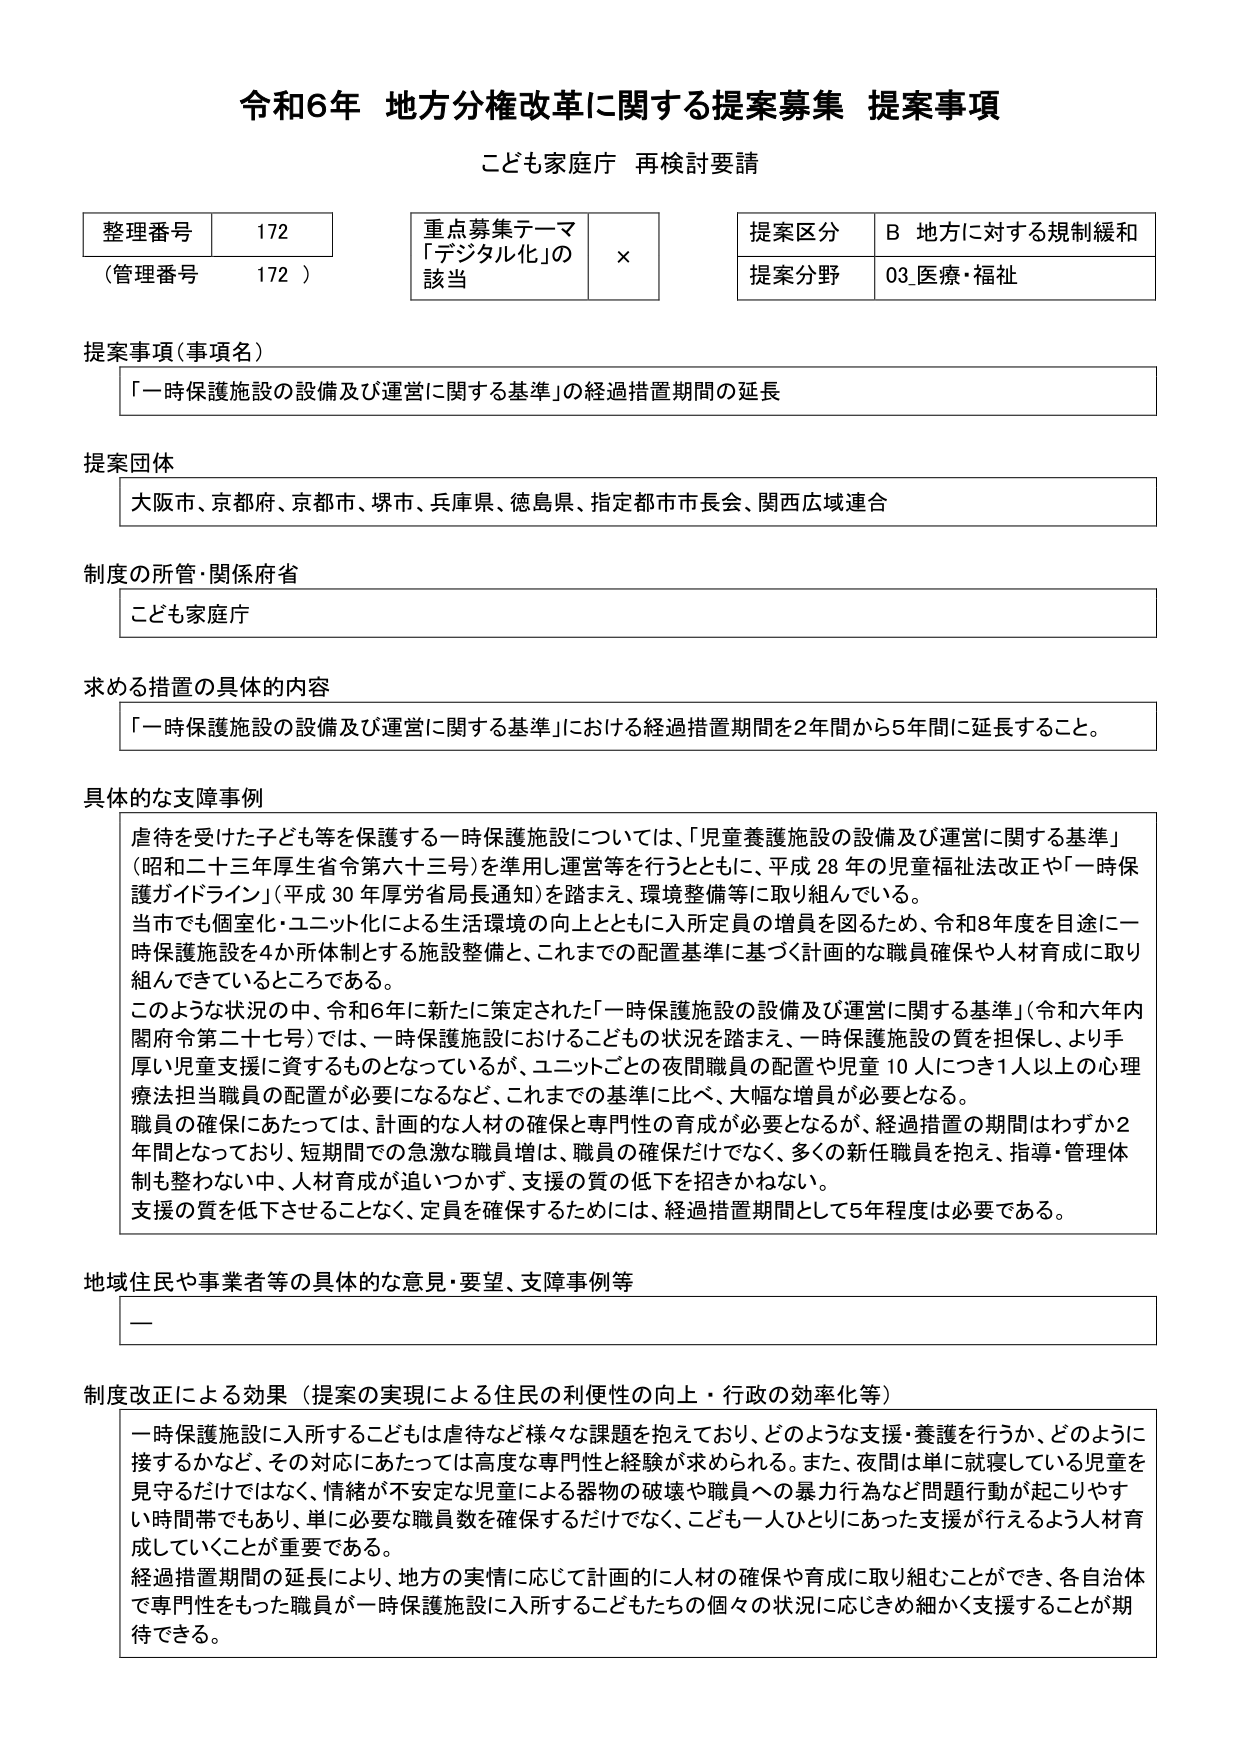
令和6年 地方分権改革に関する提案募集 提案事項
こども家庭庁 再検討要請

整理番号 172
（管理番号 172）

重点募集テーマ
「デジタル化」の
該当 ×

提案区分 B 地方に対する規制緩和
提案分野 03 医療・福祉

提案事項（事項名）
「一時保護施設の設備及び運営に関する基準」の経過措置期間の延長

提案団体
大阪市、京都府、京都市、堺市、兵庫県、徳島県、指定都市市長会、関西広域連合

制度の所管・関係府省
こども家庭庁

求める措置の具体的内容
「一時保護施設の設備及び運営に関する基準」における経過措置期間を2年間から5年間に延長すること。

具体的な支障事例
虐待を受けた子ども等を保護する一時保護施設については、「児童養護施設の設備及び運営に関する基準」（昭和二十三年厚生省令第六十三号）を準用し運営等を行うとともに、平成28年の児童福祉法改正や「一時保護ガイドライン」（平成30年厚労省局長通知）を踏まえ、環境整備等に取り組んでいる。
当下でも個室化・ユニット化による生活環境の向上とともに入所定員の増員を図るため、令和8年度を目途に一時保護施設を4か所体制とする施設整備と、これまでの配置基準に基づく計画的な職員確保や人材育成に取り組んできているところである。
このような状況の中、令和6年に新たに策定された「一時保護施設の設備及び運営に関する基準」（令和六年内閣府令第二十七号）では、一時保護施設におけるこどもの状況を踏まえ、一時保護施設の質を担保し、より手厚い児童支援に資するものとなっているが、ユニットごとの夜間職員の配置や児童10人につき1人以上の心理療法担当職員の配置が必要になるなど、これまでの基準に比べ、大幅な増員が必要となる。
職員の確保にあたっては、計画的な人材の確保と専門性の育成が必要となるが、経過措置の期間はわずか2年間となっており、短期間での急激な職員増は、職員の確保だけでなく、多くの新任職員を抱え、指導・管理体制を整わない中、人材育成が追いつかず、支援の質の低下を招きかねない。
支援の質を低下させることなく、定員を確保するためには、経過措置期間として5年程度は必要である。

地域住民や事業者等の具体的な意見・要望、支障事例等
—

制度改正による効果（提案の実現による住民の利便性の向上・行政の効率化等）
一時保護施設に入所するこどもは虐待など様々な課題を抱えており、どのような支援・養護を行うか、どのように接するかなど、その対応にあたっては高度な専門性と経験が求められる。また、夜間は単に就寝している児童を見守るだけではなく、情緒が不安定な児童による器物の破壊や職員への暴力行為など問題行動が起こりやすい時間帯でもあり、単に必要な職員数を確保するだけでなく、こども一人ひとりにあった支援が行えるよう人材育成していくことが重要である。
経過措置期間の延長により、地方の実情に応じて計画的に人材の確保や育成に取り組むことができ、各自治体で専門性をもった職員が一時保護施設に入所するこどもたちの個々の状況に応じきめ細かく支援することが期待できる。